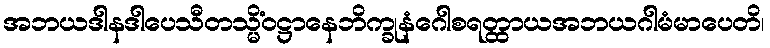
အဘယဒါနဒါပေသီတသ္မိံဝဋ္ဌာနေဘိက္ခုနံဂေါစရတ္ထာယအဘယဂါမံမာပေတိ၊